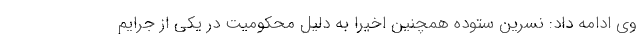
وی ادامه داد: نسرین ستوده همچنین اخیرا به دلیل محکومیت در یکی از جرایم